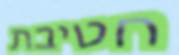
חטיבת